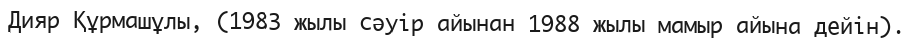
Дияр Құрмашұлы, (1983 жылы сәуір айынан 1988 жылы мамыр айына дейін).